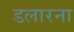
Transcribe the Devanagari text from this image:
डलारना